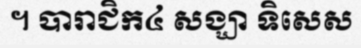
។ បារាជិក៤ សង្ឃា ទិសេស